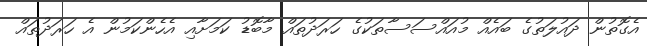
އެގޮތުން ދައުލަތުގެ ބައެއް މުއައްސަސާތަކުގެ ހަރަދުތައް މާބޮޑު ކަމަށާއި އެހެންކަމުން އެ ހަރަދުތައް